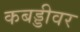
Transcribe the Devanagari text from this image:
कबड्डीवर